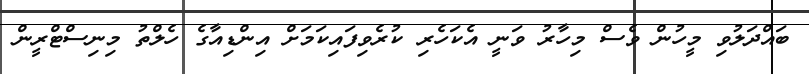
ބައްދަލުވި މީހުން ވެސް މިހާރު ވަނީ އެކަހެރި ކުރެވިފައިކަމަށް އިންޑިއާގެ ހެލްތު މިނިސްޓްރީން